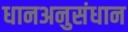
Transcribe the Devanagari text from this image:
धानअनुसंधान